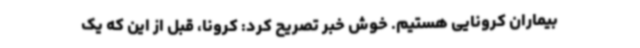
بیماران کرونایی هستیم. خوش خبر تصریح کرد: کرونا، قبل از این که یک